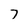
Character: 7